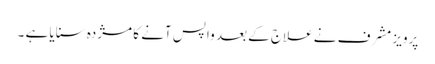
پرویز مشرف نے علاج کے بعد واپس آنے کا مژدہ سنایا ہے ۔